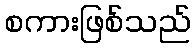
စကားဖြစ်သည်